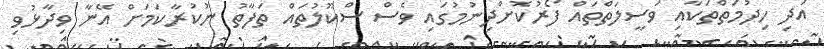
އަދި ހިދުމަތްތަކާއި ވަސީލަތްތައް ފޯރުކޮށްދިނުމުގައި ވެސް ސްކޫލުތައް ތަފާތު ނުކުރާކަމަށް އޭނާ ވިދާޅުވި